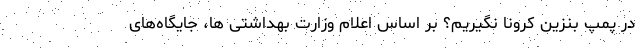
در پمپ بنزین کرونا نگیریم؟ بر اساس اعلام وزارت بهداشتی ها، جایگاه‌های